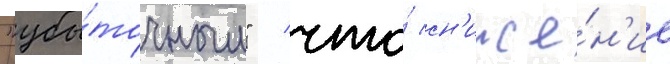
"убы́точным" / что́ сн'иже́н'ие